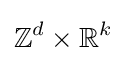
\mathbb {Z} ^{d}\times \mathbb {R} ^{k}